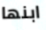
ابنها